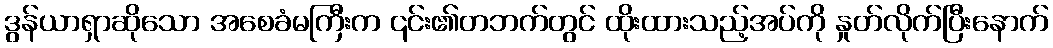
ဒွန်ယာရှာဆိုသော အစေခံမကြီးက ၎င်း၏တဘက်တွင် ထိုးထားသည့်အပ်ကို နှုတ်လိုက်ပြီးနောက်